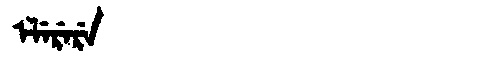
Manchu: ᡝᠯᡝᡵᡝᡵᡝ
Romanization: ELERERE